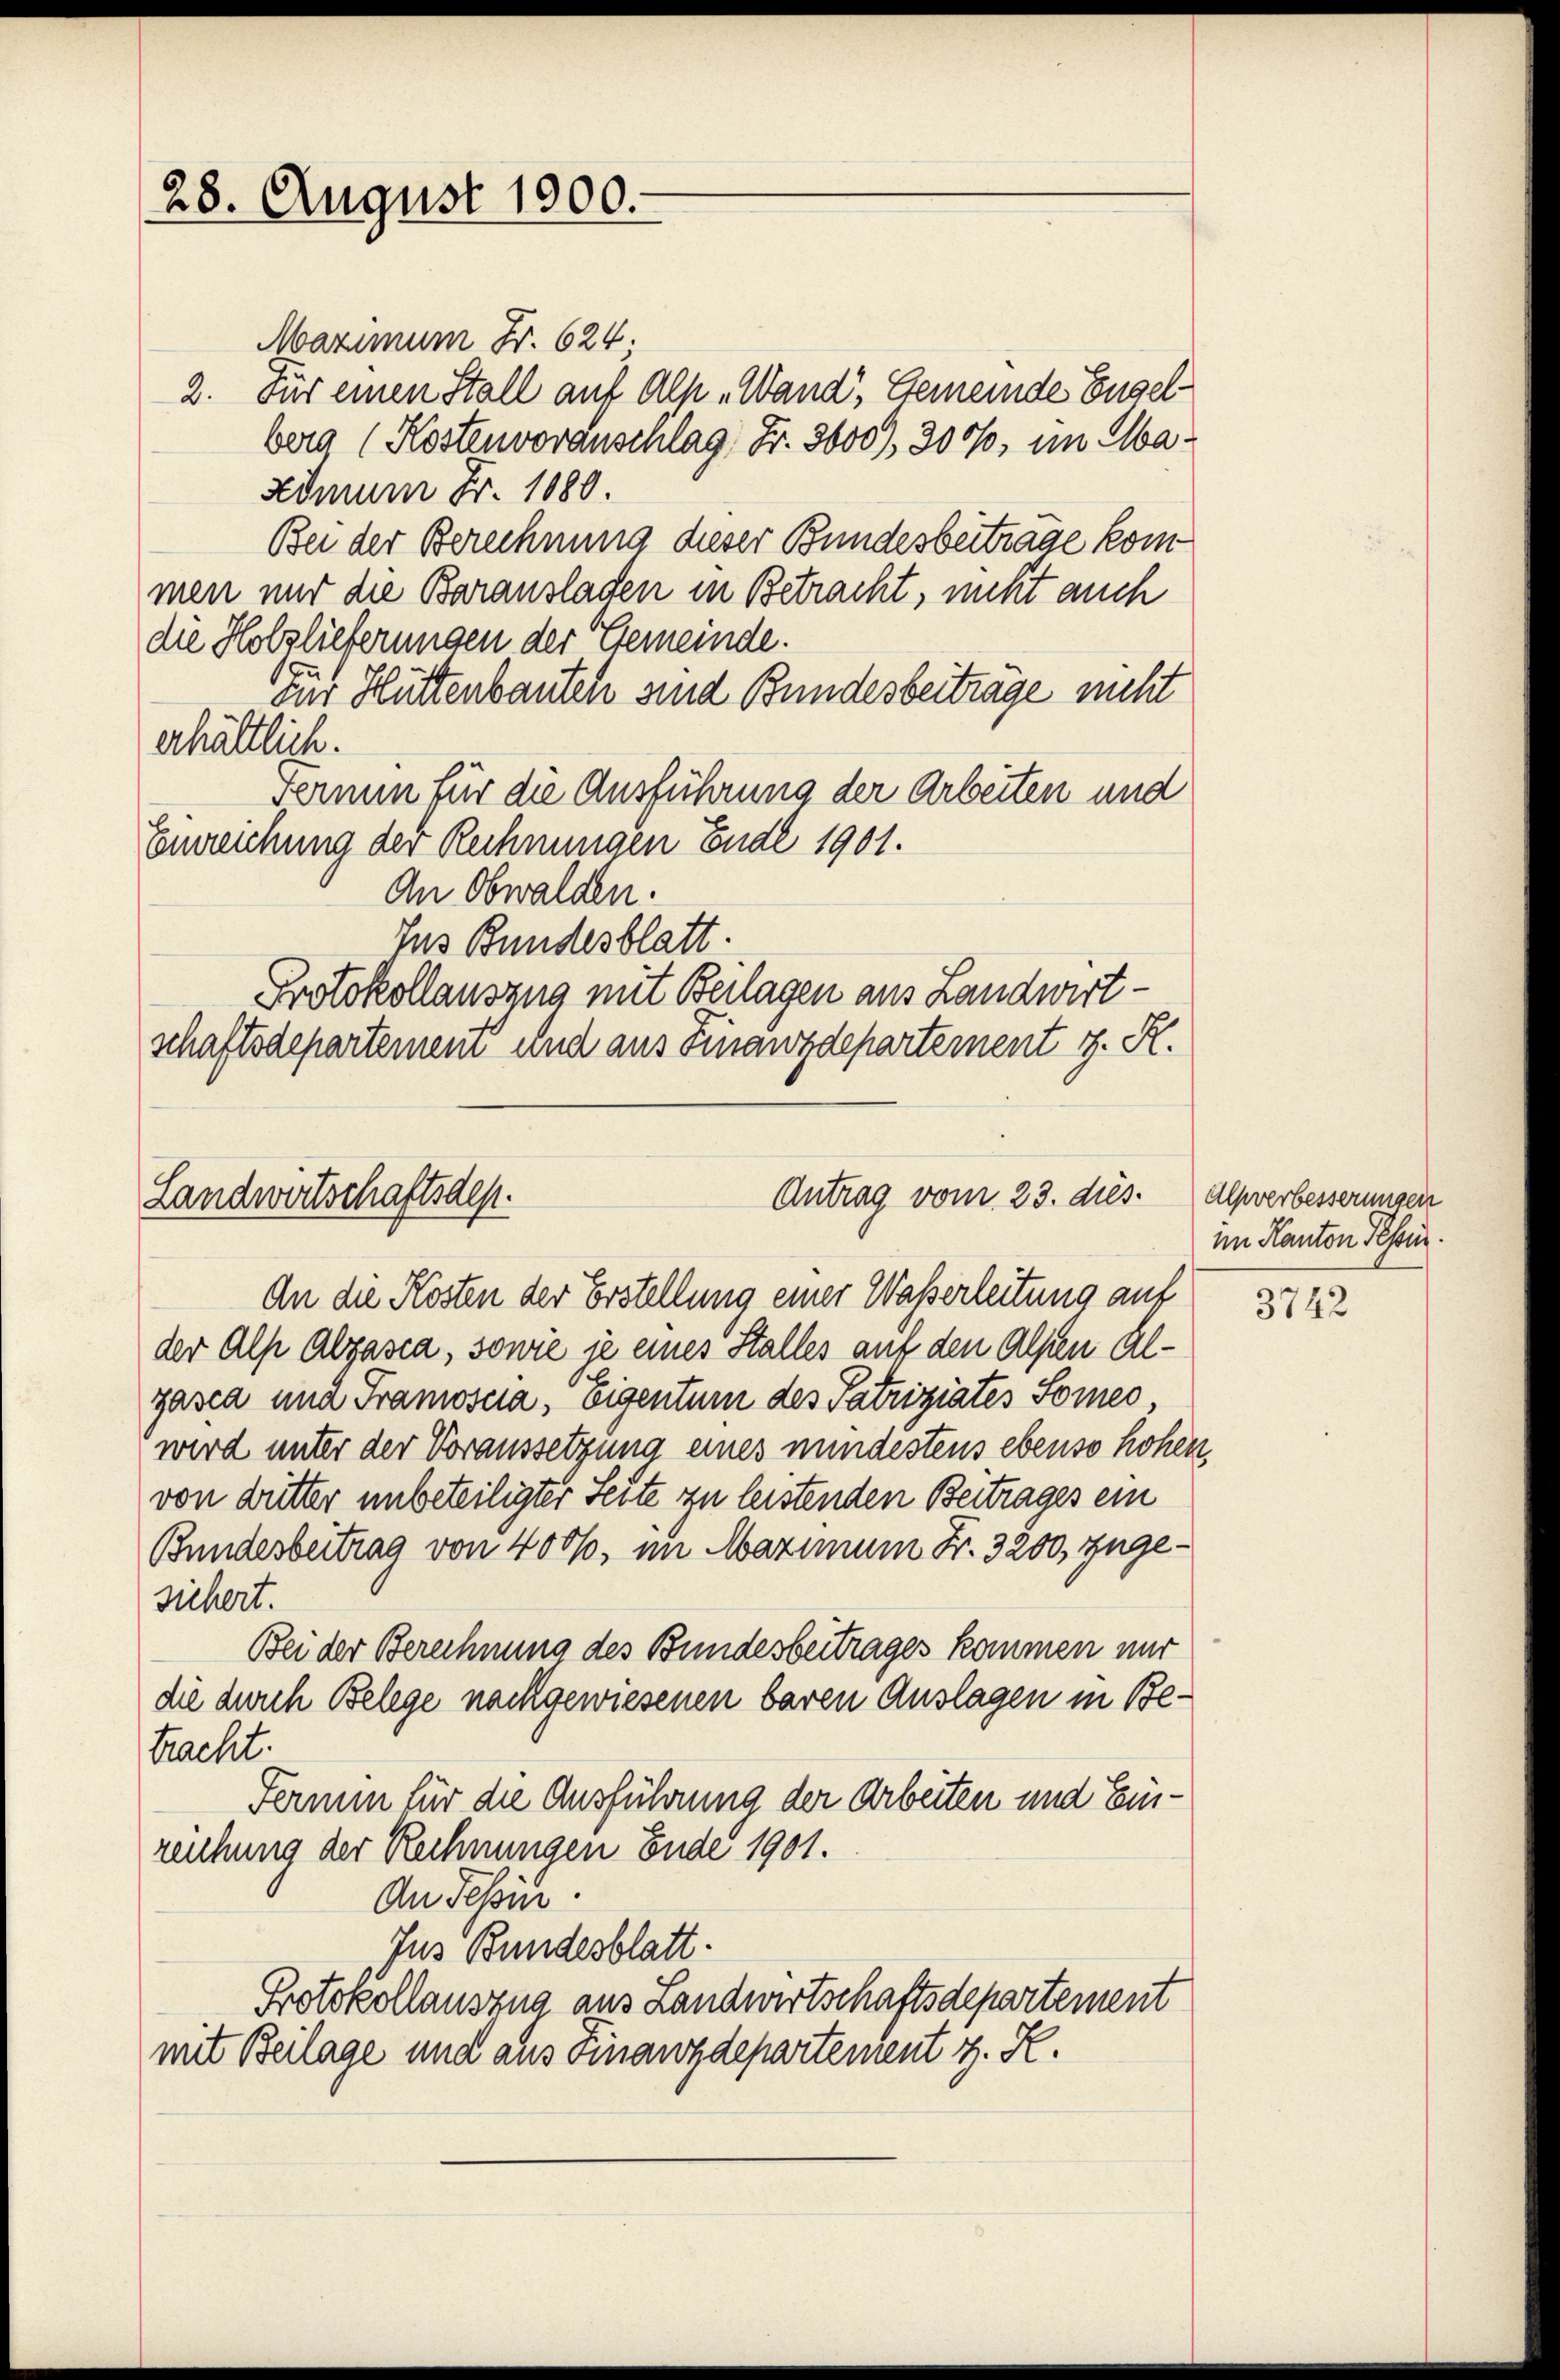
28. August 1900.

Antrag vom 23. dies.
Landwertschaftsdep

Maximum Fr. 624.
2. Für einen Stall auf Alp Wand, Gemeinde Engel
berg (Kostenvoranschlag Fr. 3000), 3000, im Ma¬
Admum Fr. 1080.
Bei der Berechnung dieser Bundesbeitrage kommen und die Baransladen in Betracht, nicht auch
die Holzlieferungen der Gemeinde.
zur Hüttenbauten und Bundesbeiträge nicht
erhältlich.
Fermin für die Ausführung der Arbeiten und
Erreichung der Rechnungen Ende 1901.
An Obwalden.
Jus Bundesblatt.
Protokollauszug mit Beilagen aus Landwirtschaftsdepartement und aus Finanzdepartement z. R.

An die Kosten der Erstellung einer Waßerleitung auf
der Alp Abzasca, sowie je eines Stalles auf den Alpen Alpasca una Tramoscia, eigentum des Patriziates Somer,
wird unter der Voraussetzung eines mindestens ebenso hohen,
von dutter unbeteiligter Seite zu leistenden Beitrages ein
Bundesbeitrag von 4000, im Maximum Fr. 3200, zugesichert.
Bei der Berechnung des Bundesbeitrages kommen nur
die durch Belege nachgewiesenen baren Auslagen in Betracht.
Fermin für die Ausführung der Arbeiten und Einreichung der Rechnungen Ende 1901.
An Tessin.
Jus Bundesblatt.
Protokollauszug aus Landwirtschaftsdepartement
mit Beilage und aus Finanzdepartement z. K.

Alpverbesserungen
im Kanton Tessin.

3742